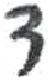
אות: ד